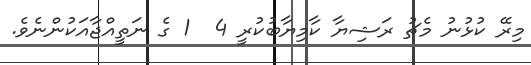
މިރޭ ކުޅުނު މެޗު ރަޝިޔާ ކާމިޔާބުކުރީ 4  1 ގެ ނަތީއްޖާއަކުންނެވެ.